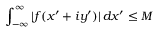
\int _ { - \infty } ^ { \infty } | f ( x ^ { \prime } + i y ^ { \prime } ) | \, d x ^ { \prime } \leq M